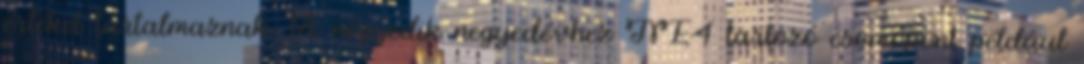
értéket tartalmaznak. A negyedik negyedévhez NÉ4 tartozó csomópont például